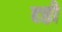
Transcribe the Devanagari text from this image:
दृष्ठी